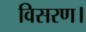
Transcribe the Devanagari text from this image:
विसरण।